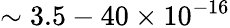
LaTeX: \sim 3.5-40\times 10^{-16}